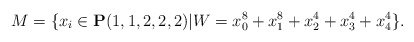
\begin{align*}M = \{x_i \in {\bf P}(1,1,2,2,2)|W = x_0^8 + x_1^8 + x_2^4 + x_3^4 + x_4^4 \}.\end{align*}